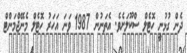
ދެން ގުޅުނީ ހޮޓެލް ސްކޫލަށެވެ. އެތަނުން 1987 ވަނަ އަހަރު ހޮޓެލް މެނޭޖްމަންޓް